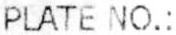
PLATE NO.: